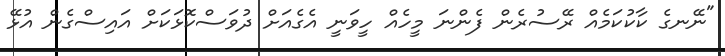
"ނޭނގެ ކާކުކަމެއް ރޭސުރެން ފެންނަ މީހެއް ހީވަނީ އެގެއަށް ދުވަސްކޮޅަކަށް އައިސްގެން އުޅޭ